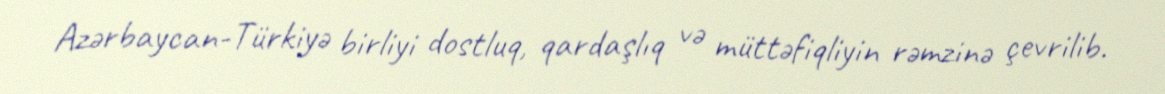
Azərbaycan-Türkiyə birliyi dostluq, qardaşlıq və müttəfiqliyin rəmzinə çevrilib.